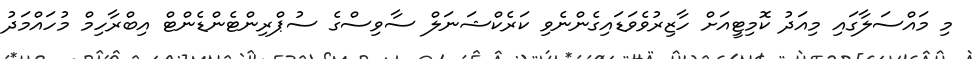
މި މައްސަލާގައި މިއަދު ކޮމިޓީއަށް ހާޒިރުވެވަޑައިގެންނެވި ކަރެކްޝަނަލް ސާވިސްގެ ސުޕްރިންޓެންޑެންޓް އިބްރާހިމް މުހައްމަދު